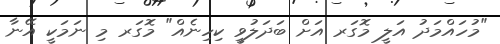
"މުހައްމަދު އަލީ މޮގަރ އަށް ބަދަލުވީ ކިހިނެއް" މޮގަރ މި ނަމަކީ އޭނާ